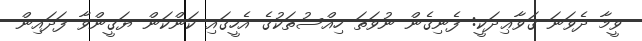
ވީމާ ދެވަނަ ޤަވާޢިދަކީ: ފެނިގެން ނުވަތަ ހިއްސުތަކުގެ އެހީގައި ކަންކަން ޔަޤީންވާ ފަދައިން